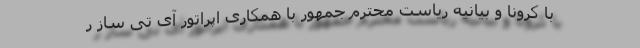
با کرونا و بیانیه ریاست محترم جمهور با همکاری اپراتور آی تی ساز ر